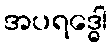
အပရဒ္ဓေါ